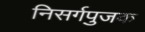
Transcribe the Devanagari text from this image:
निसर्गपुजक